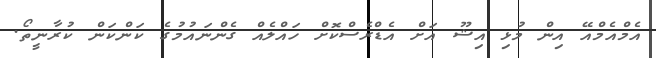
އެމްއެމްއޭ އިން މުޅި އިޝޫ އަށް އެޑްރެސްކޮށް ހައްލެއް ގެންނައުމުގެ ކަންކަން ކުރާނީތޯ.